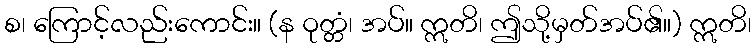
စ၊ ကြောင့်လည်းကောင်း။ (န ဝုတ္တံ၊ အပ်။ ဣတိ၊ ဤသို့မှတ်အပ်၏။) ဣတိ၊